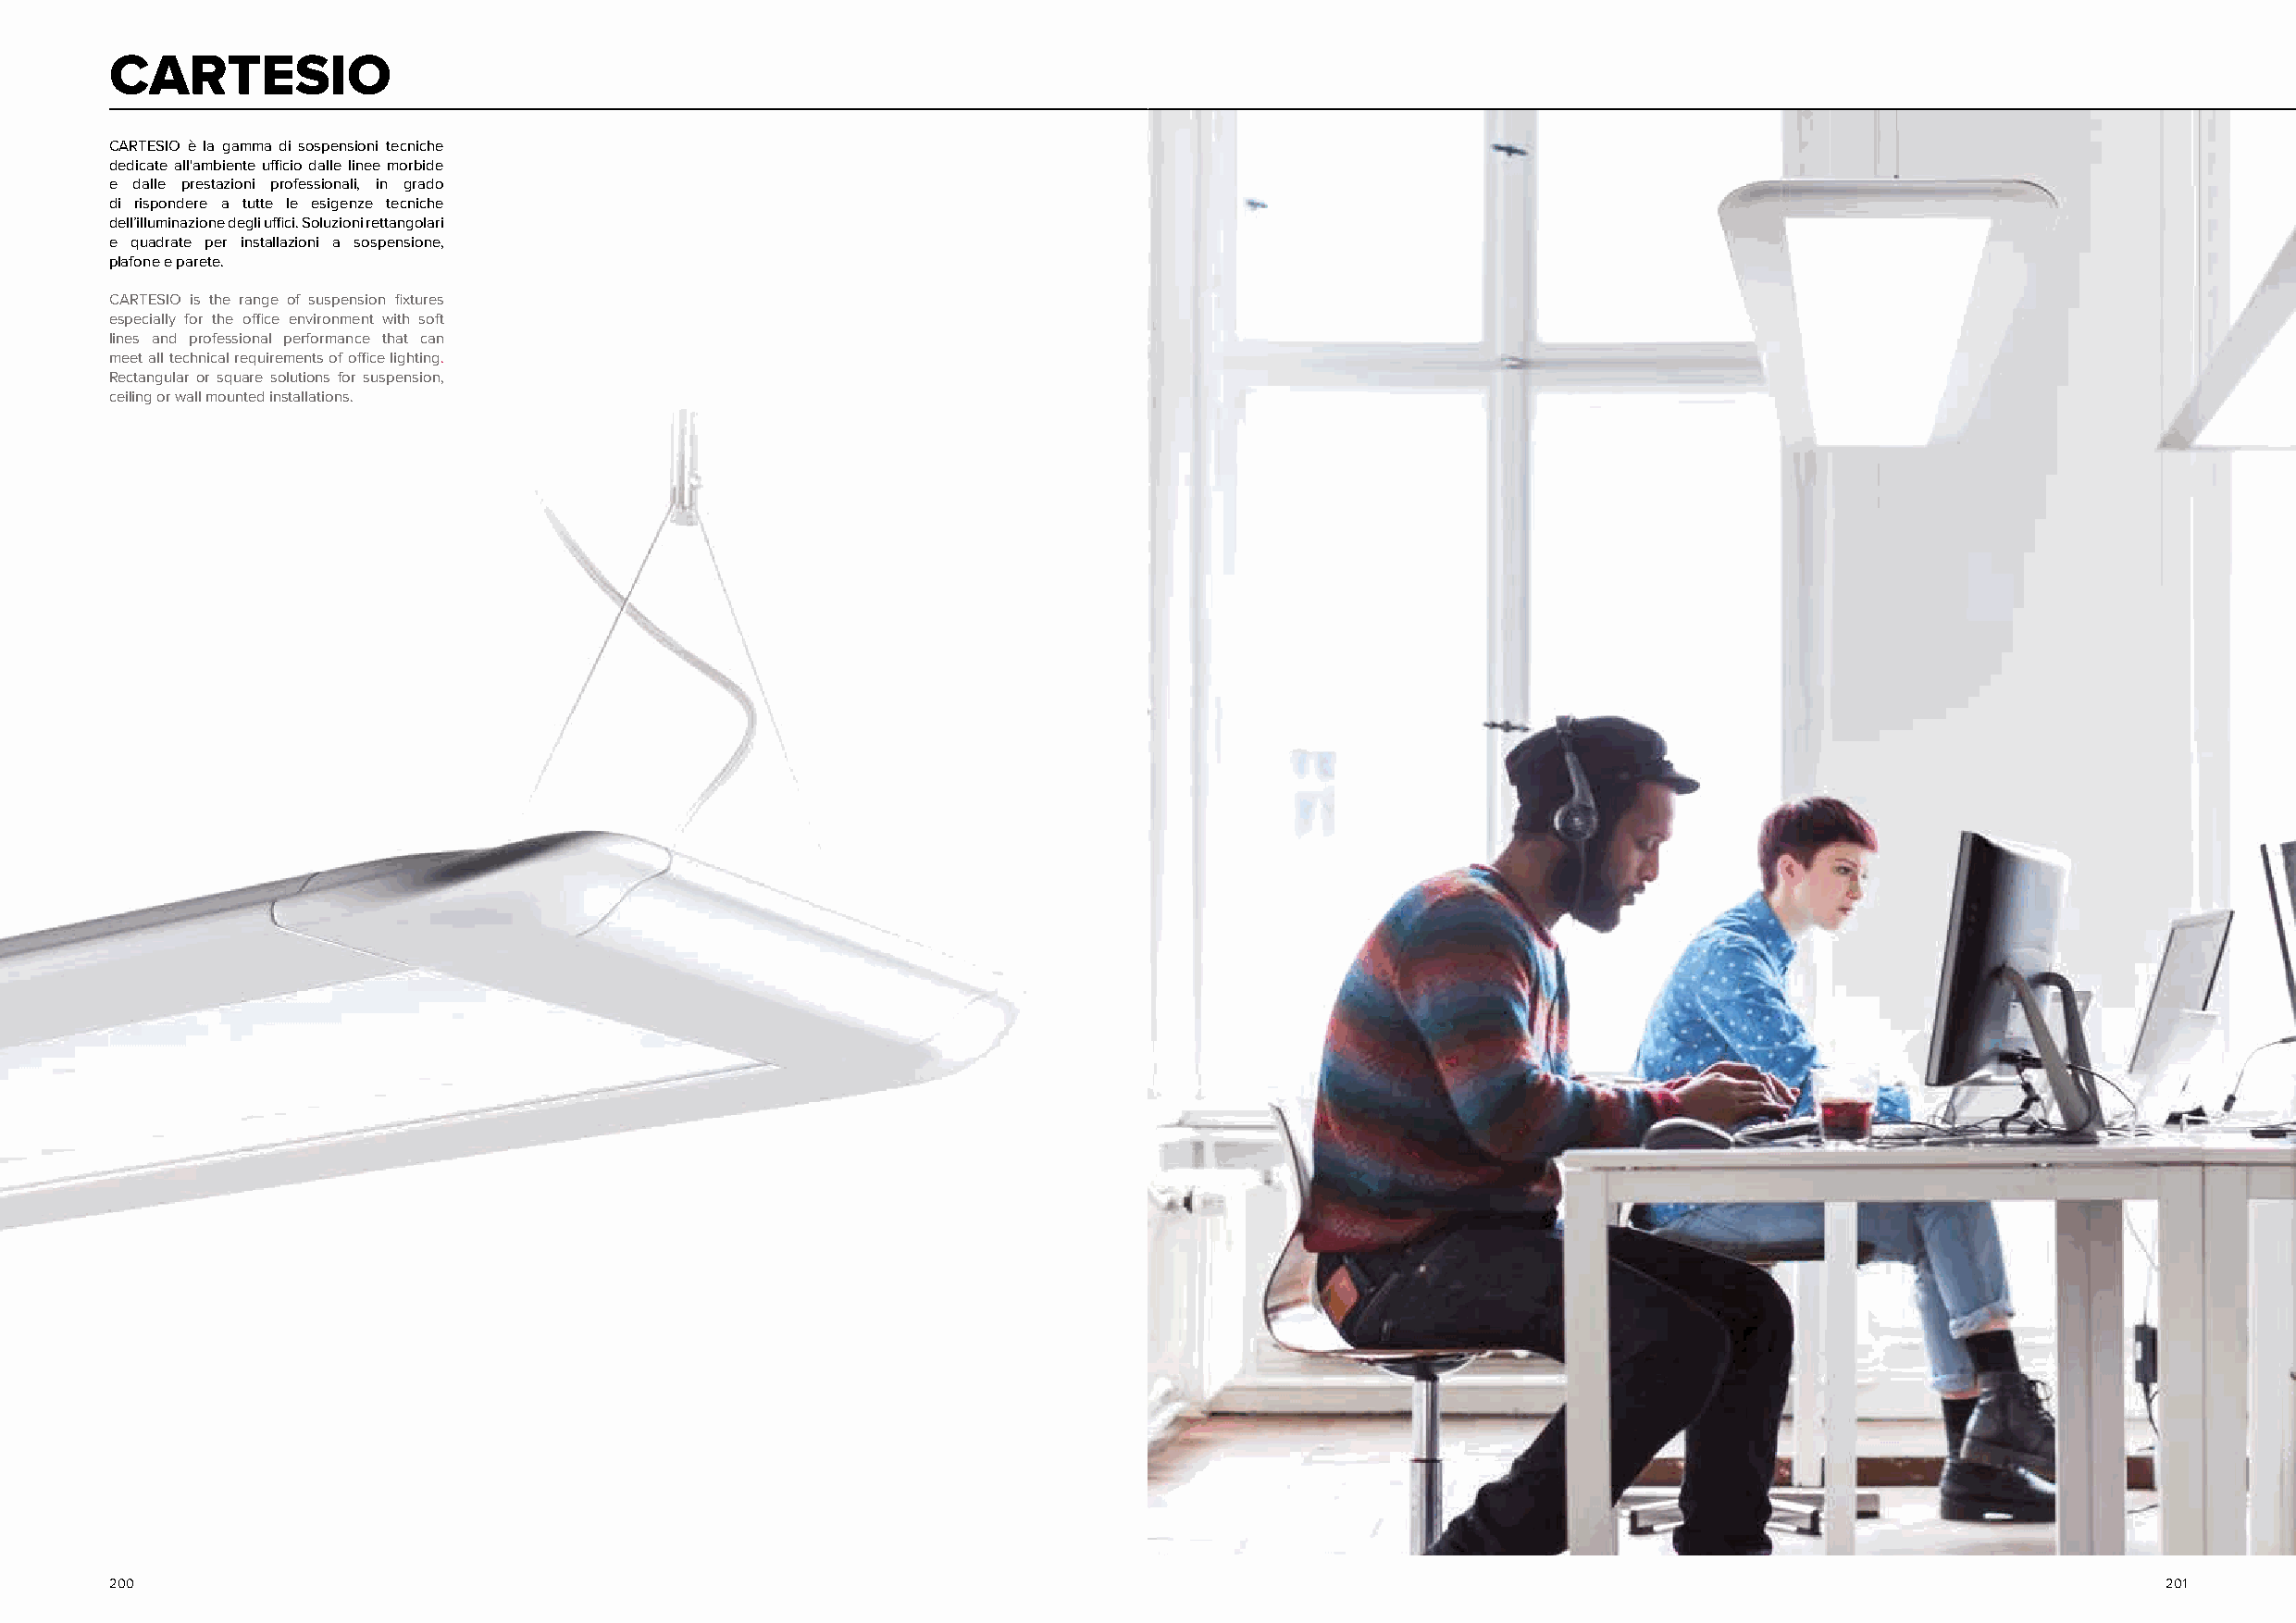
CARTESIO
 CARTESIO è la gamma di sospensioni tecniche
 dedicate all'ambiente ufficio dalle linee morbide
 e dalle prestazioni professionali, in grado
 di rispondere a tutte le esigenze tecniche
 dell’illuminazione degli uffici. Soluzioni rettangolari
 e quadrate per installazioni a sospensione,
 plafone e parete.
 CARTESIO is the range of suspension fixtures
 especially for the office environment with soft
 lines and professional performance that can
 meet all technical requirements of office lighting.
 Rectangular or square solutions for suspension,
 ceiling or wall mounted installations.
 200                                                                                                                                                201